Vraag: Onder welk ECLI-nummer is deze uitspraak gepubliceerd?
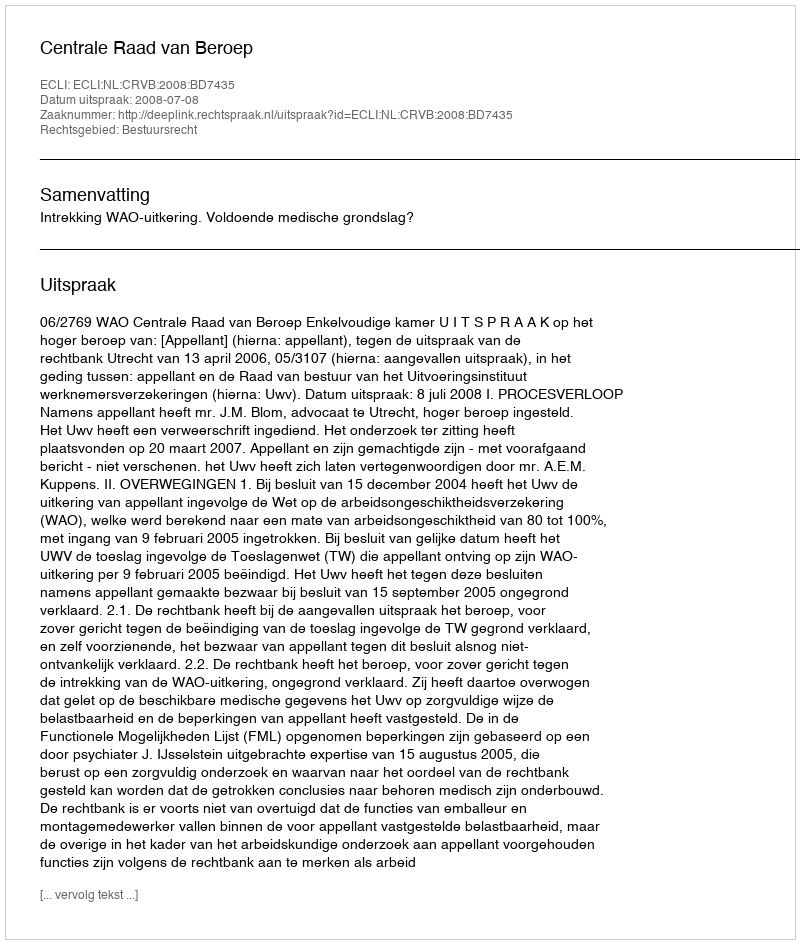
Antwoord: ECLI:NL:CRVB:2008:BD7435